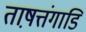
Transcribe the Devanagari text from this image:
ताष़त्तंगाडि